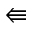
\Lleftarrow